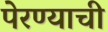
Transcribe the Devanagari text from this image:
पेरण्याची